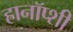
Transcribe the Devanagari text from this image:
हानॉप्शी